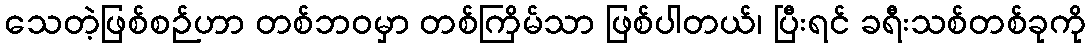
သေတဲ့ဖြစ်စဉ်ဟာ တစ်ဘဝမှာ တစ်ကြိမ်သာ ဖြစ်ပါတယ်၊ ပြီးရင် ခရီးသစ်တစ်ခုကို